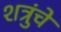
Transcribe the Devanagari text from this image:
शत्रुंचे